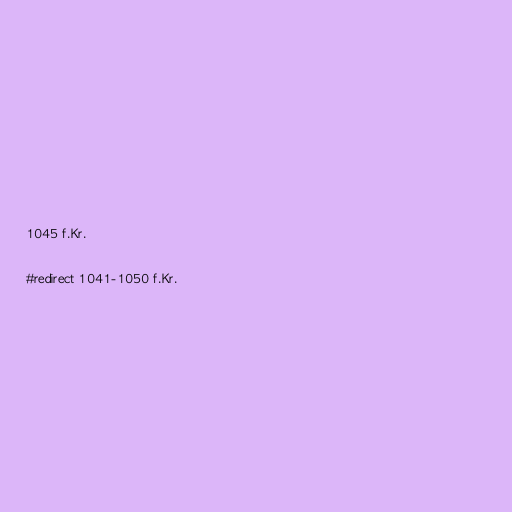
1045 f.Kr.

#redirect 1041-1050 f.Kr.